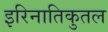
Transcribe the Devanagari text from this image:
इरिनातिकुतल